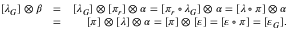
\begin{array} { r l r } { [ \lambda _ { G } ] \otimes \beta } & { = } & { [ \lambda _ { G } ] \otimes [ \pi _ { r } ] \otimes \alpha = [ \pi _ { r } \circ \lambda _ { G } ] \otimes \alpha = [ \lambda \circ \pi ] \otimes \alpha } \\ & { = } & { [ \pi ] \otimes [ \lambda ] \otimes \alpha = [ \pi ] \otimes [ \varepsilon ] = [ \varepsilon \circ \pi ] = [ \varepsilon _ { G } ] . } \end{array}